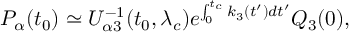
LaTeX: P _ { \alpha } ( t _ { 0 } ) \simeq { \cal U } _ { \alpha 3 } ^ { - 1 } ( t _ { 0 } , \lambda _ { c } ) e ^ { \int _ { 0 } ^ { t _ { c } } k _ { 3 } ( t ^ { \prime } ) d t ^ { \prime } } Q _ { 3 } ( 0 ) ,